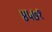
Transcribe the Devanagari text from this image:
४५७१